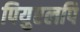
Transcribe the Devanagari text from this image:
पियुएलपि